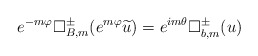
\begin{align*} e^{-m\varphi}\Box^{\pm}_{B,m}(e^{m\varphi}\widetilde u)=e^{im\theta}{\Box}^{\pm}_{b,m}(u)\end{align*}